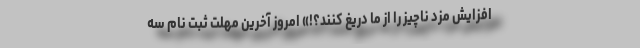
افزایش مزد ناچیز را از ما دریغ کنند؟!» امروز آخرین مهلت ثبت نام سه